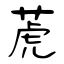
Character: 萀